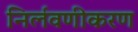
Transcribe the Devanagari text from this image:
निर्लवणीकरण